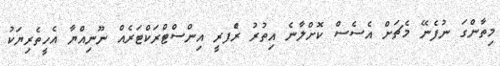
މިތާންގަ ނުފެނޭ މެޗަށް އެސެސް ކޮށްލާނެ އިތުރު ރެްފރީ އިންސްޓްރަކްޓަރެއް ނޫނިއްޔާ އެހީތެރިޔަކު